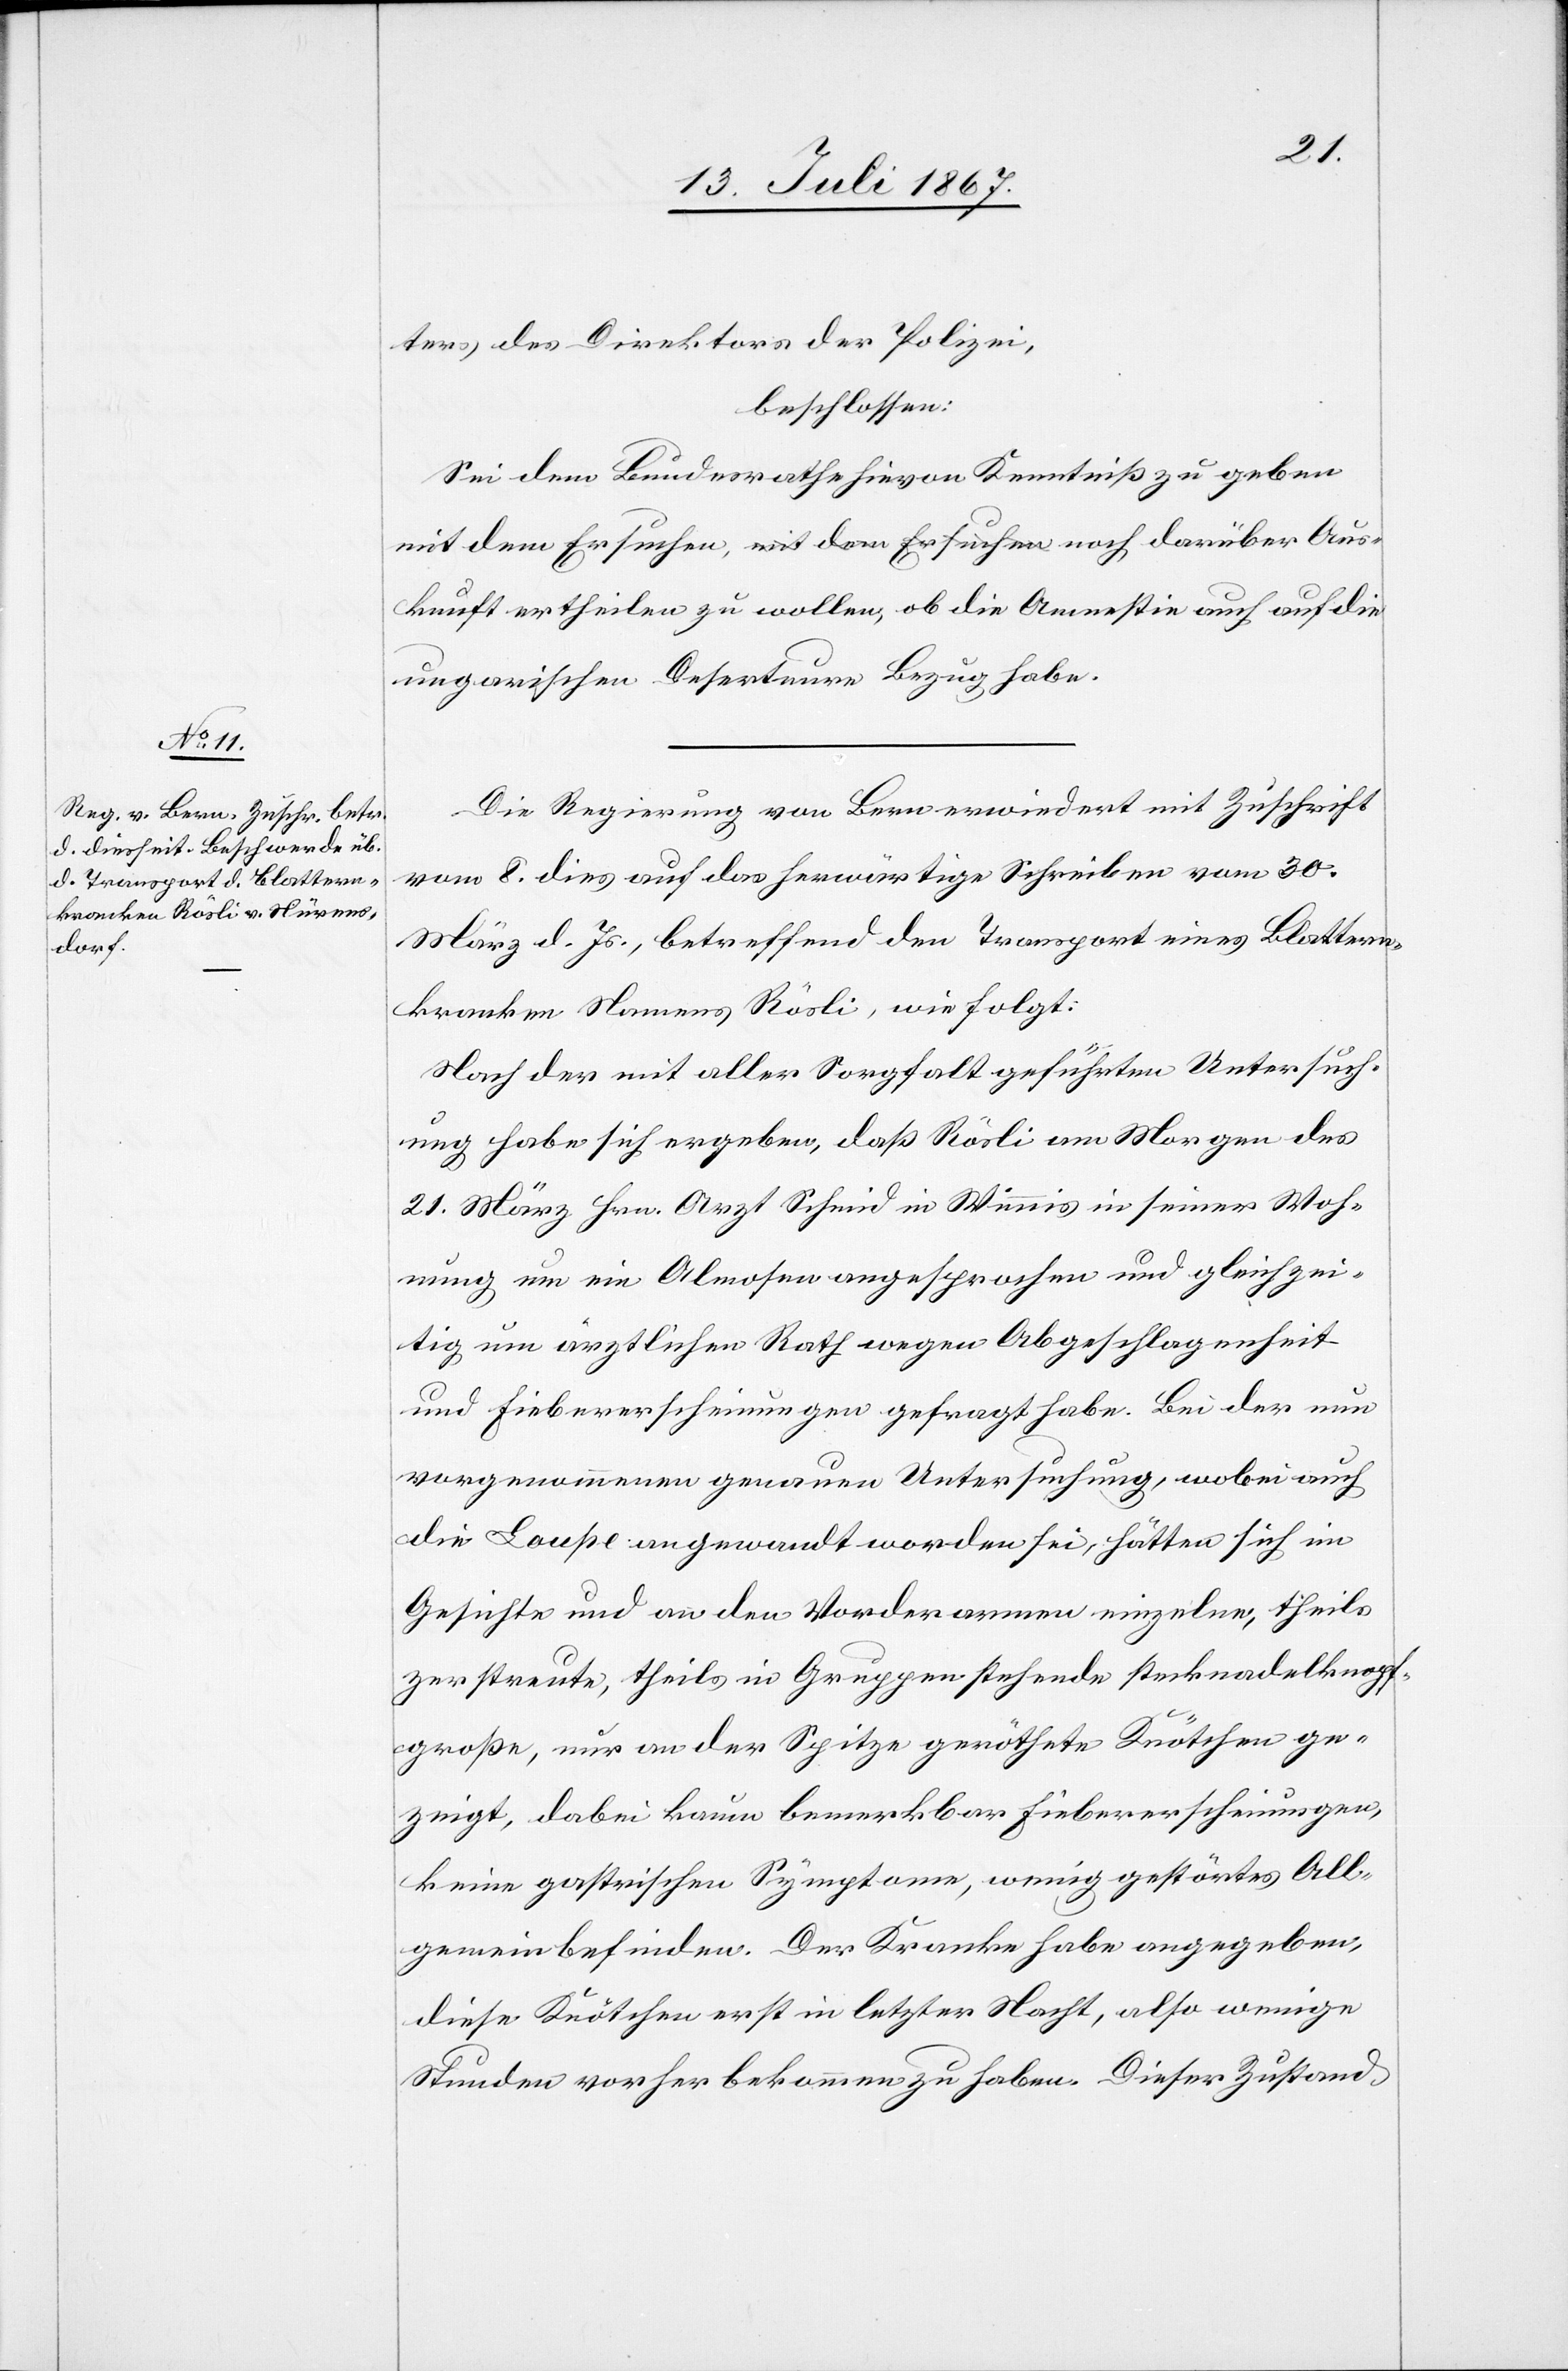
Aus¬
ters des Direktors der Polizei,
beschlossen:
Sei dem Bundesrathe hievon Kenntniß zu geben
kunft ertheilen zu wollen, ob die Amnestie auch auf die
ungarischen Deserteure Bezug habe.
Die Regierung von Bern erwiedert mit Zuschrift
vom 8. dies auf das herwärtige Schreiben vom 30.
März d. Js., betreffend den Transport eines Blattnern¬
kranken Namens Rösli, wie folgt:
Nach der mit aller Sorgfalt geführten Untersuch¬
ung habe sich ergeben, daß Rösli am Morgen des
21. März Hrn. Arzt Schmid in Winnis in seiner Woh¬
nung um ein Almosen angesprochen und gleichzei¬
tig um ärztlichen Rath wegen Abgeschlagenheit
und Fiebererscheinungen gefragt habe. Bei der nun
vorgenommenen genauen Untersuchung, wobei auch
die Loupe angewandt worden sei, hätten sich im
Gesichte und an den Vorderarmen einzelne, theils
zerstreute, theils in Gruppen stehende stecknadelknopf¬
große, nur an der Spitze geröthete Knötchen ge¬
zeigt, dabei kaum bemerkbar Fiebererscheinungen,
keine gastrischen Symptome, wenig gestörtes All¬
gemeinbefinden. Der Kranke habe angegeben,
diese Knötchen erst in letzter Nacht, also wenige
Stunden vorher bekommen zu haben. Dieser Zustand